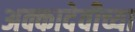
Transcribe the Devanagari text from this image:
अक्कादेवीच्या